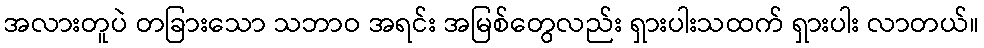
အလားတူပဲ တခြားသော သဘာဝ အရင်း အမြစ်တွေလည်း ရှားပါးသထက် ရှားပါး လာတယ်။